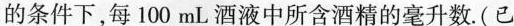
的条件下，每100mL酒液中所含酒精的毫升数。(已